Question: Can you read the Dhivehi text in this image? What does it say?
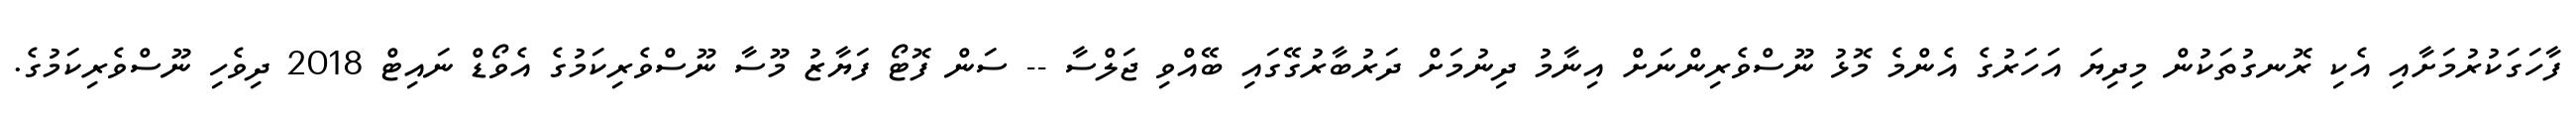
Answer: ފާހަގަކުރުމަށާއި އެކި ރޮނގުތަކުން މިދިޔަ އަހަރުގެ އެންމެ މޮޅު ނޫސްވެރިންނަށް އިނާމު ދިނުމަށް ދަރުބާރުގޭގައި ބޭއްވި ޖަލްސާ -- ސަން ފޮޓޯ ފަޔާޒު މޫސާ ނޫސްވެރިކަމުގެ އެވޯޑް ނައިޓް 2018 ދިވެހި ނޫސްވެރިކަމުގެ.